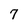
Character: 7